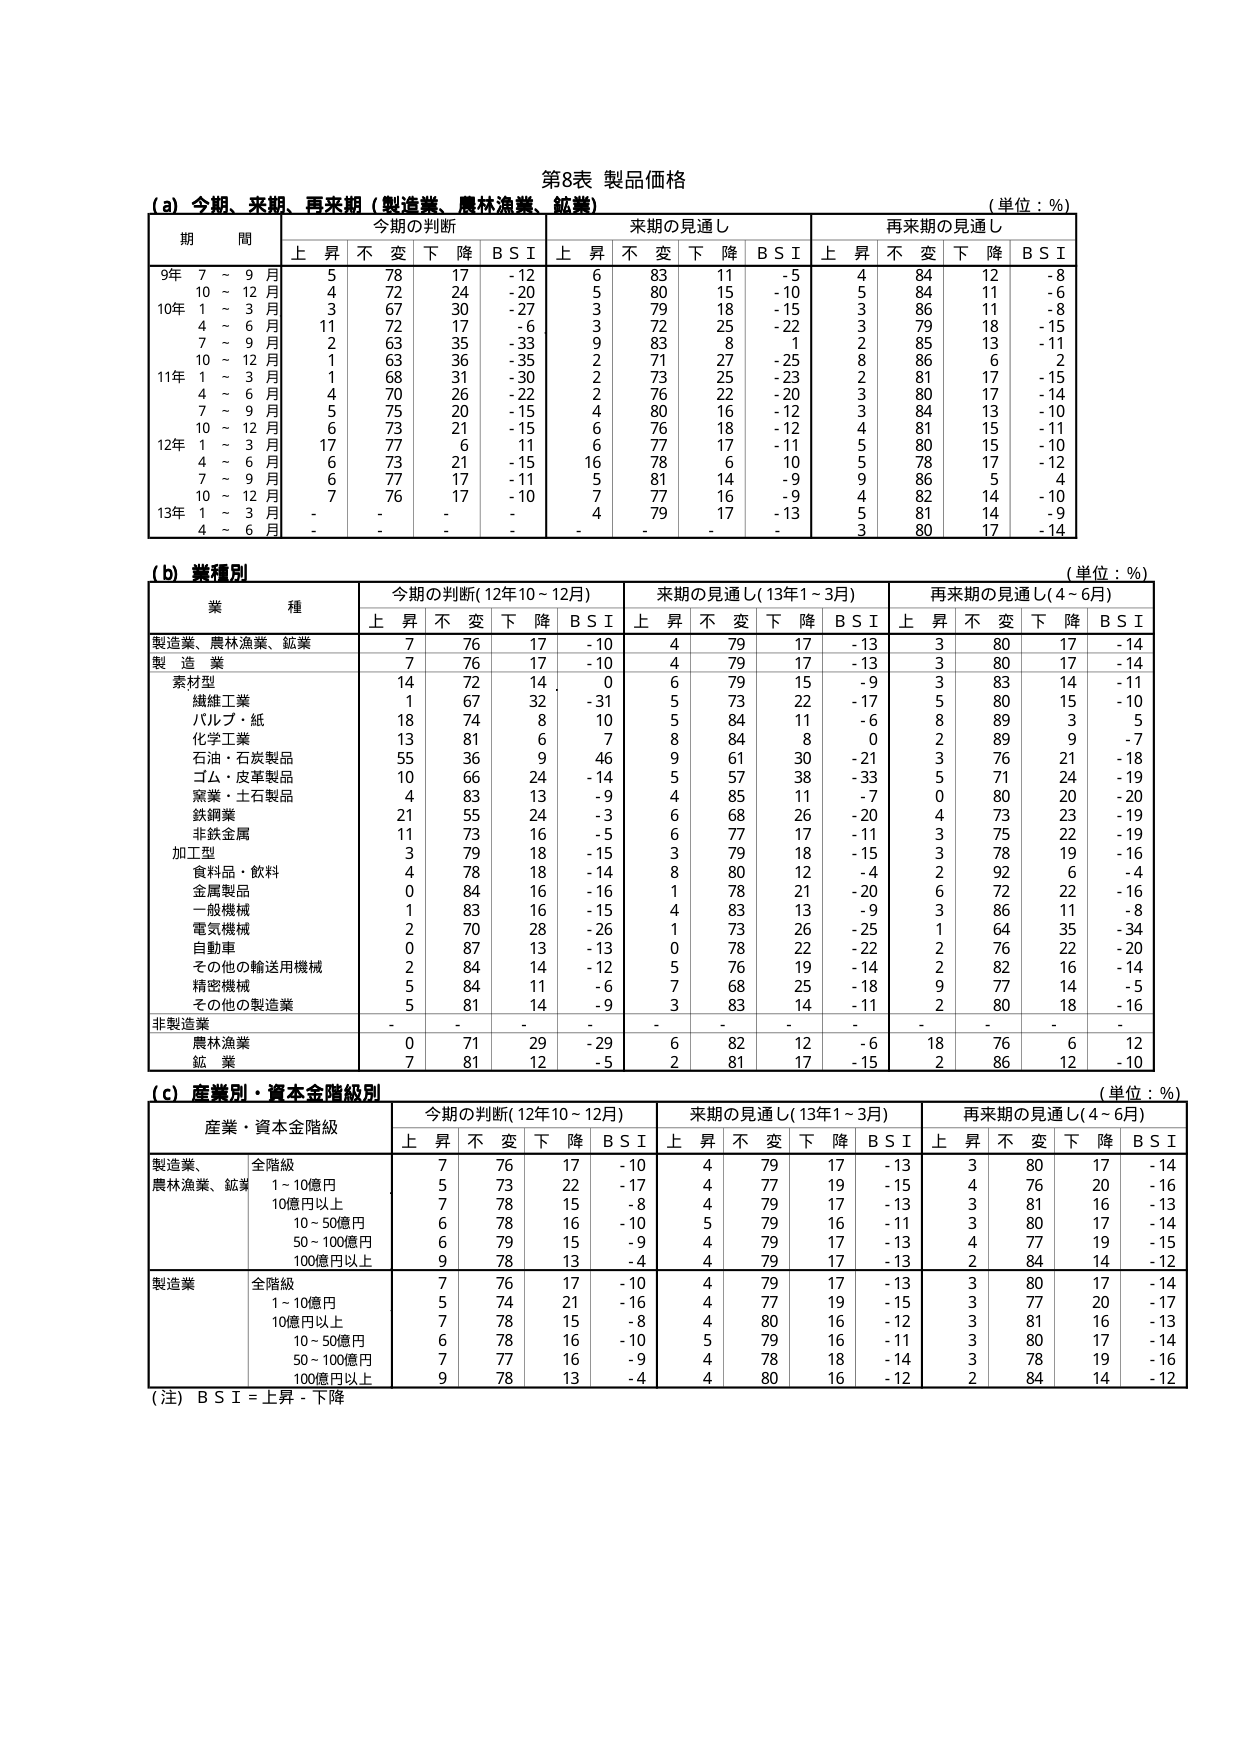
第8表 製品価格

(a) 今期、来期、再来期（製造業、農林漁業、鉱業）
（単位：%）

期 間 今期の判断 来期の見通し 再来期の見通し
上 昇 不 変 下 降 B S I 上 昇 不 変 下 降 B S I 上 昇 不 変 下 降 B S I

9年 7 ~ 9 月 5 78 17 -12 6 83 11 -5 4 84 12 -8
10 ~ 12 月 4 72 24 -20 5 80 15 -10 5 84 11 -6
10年 1 ~ 3 月 3 67 30 -27 3 79 18 -15 3 86 11 -8
4 ~ 6 月 11 72 17 -6 3 72 25 -22 3 79 18 -15
7 ~ 9 月 2 63 35 -33 9 83 8 1 2 85 13 -11
10 ~ 12 月 1 63 36 -35 2 71 27 -25 8 86 6 2
11年 1 ~ 3 月 1 68 31 -30 2 73 25 -23 2 81 17 -15
4 ~ 6 月 4 70 26 -22 2 76 22 -20 3 80 17 -14
7 ~ 9 月 5 75 20 -15 4 80 16 -12 3 84 13 -10
10 ~ 12 月 6 73 21 -15 6 76 18 -12 4 81 15 -11
12年 1 ~ 3 月 17 77 6 11 6 77 17 -11 5 80 15 -10
4 ~ 6 月 6 73 21 -15 16 78 6 -10 5 78 17 -12
7 ~ 9 月 6 77 17 -11 5 81 14 -9 9 86 5 4
10 ~ 12 月 7 76 17 -10 7 77 16 -9 4 82 14 -10
13年 1 ~ 3 月 - - - - 4 79 17 -13 5 81 14 -14
4 ~ 6 月 - - - - - - - - 3 80 17 -14

(b) 業種別
（単位：%）

業 種 今期の判断(12年10～12月) 来期の見通し(13年1～3月) 再来期の見通し(4～6月)
上 昇 不 変 下 降 B S I 上 昇 不 変 下 降 B S I 上 昇 不 変 下 降 B S I

製造業、農林漁業、鉱業 7 76 17 -10 4 79 17 -13 3 80 17 -14
製 造 業 7 76 17 -10 4 79 17 -13 3 80 17 -14
素材型 14 72 14 0 6 79 15 -9 3 83 14 -11
繊維工業 1 67 32 -31 5 73 22 -17 5 80 15 -10
パルプ・紙 18 74 8 10 5 84 11 -6 8 89 3 5
化学工業 13 81 6 7 8 84 8 0 2 89 9 -7
石油・石炭製品 55 36 9 46 9 61 30 -21 3 76 21 -18
ゴム・皮革製品 10 66 24 -14 5 57 38 -33 5 71 24 -19
窯業・土石製品 4 83 13 -9 4 85 11 -7 0 80 20 -20
鉄鋼業 21 55 24 -3 6 68 26 -20 4 73 23 -19
非鉄金属 11 73 16 -5 6 77 17 -11 3 75 22 -19
加工型 3 79 18 -15 3 79 18 -15 3 78 19 -16
食料品・飲料 4 78 18 -14 8 80 12 -4 2 92 6 -4
金属製品 0 84 16 -16 1 78 21 -20 6 72 22 -16
一般機械 1 83 16 -15 4 83 13 -9 3 86 11 -8
電気機械 2 70 28 -26 1 73 26 -25 1 64 35 -34
自動車 0 87 13 -13 0 78 22 -22 2 76 22 -20
その他の輸送用機械 2 84 14 -12 5 76 19 -14 2 82 16 -14
精密機械 5 84 11 -6 7 68 25 -18 9 77 14 -5
その他の製造業 5 81 14 -9 3 83 14 -11 2 80 18 -16
非製造業 - - - - - - - - - - - -
農林漁業 0 71 29 -29 6 82 12 -6 18 76 6 12
鉱 業 7 81 12 -5 2 81 17 -15 2 86 12 -10

(c) 産業別・資本金階級別
（単位：%）

産業・資本金階級 今期の判断(12年10～12月) 来期の見通し(13年1～3月) 再来期の見通し(4～6月)
上 昇 不 変 下 降 B S I 上 昇 不 変 下 降 B S I 上 昇 不 変 下 降 B S I

製造業、
農林漁業、鉱業 全階級 7 76 17 -10 4 79 17 -13 3 80 17 -14
1～10億円 5 73 22 -17 4 77 19 -15 4 76 20 -16
10億円以上 7 78 15 -8 4 79 17 -13 3 81 16 -13
10～50億円 6 78 16 -10 5 79 16 -11 3 80 17 -14
50～100億円 6 79 15 -9 4 79 17 -13 4 77 19 -15
100億円以上 9 78 13 -4 4 79 17 -13 2 84 14 -12

製造業 全階級 7 76 17 -10 4 79 17 -13 3 80 17 -14
1～10億円 5 74 21 -16 4 77 19 -15 3 77 20 -17
10億円以上 7 78 15 -8 4 80 16 -12 3 81 16 -13
10～50億円 6 78 16 -10 5 79 16 -11 3 80 17 -14
50～100億円 7 77 16 -9 4 78 18 -14 3 78 19 -16
100億円以上 9 78 13 -4 4 80 16 -12 2 84 14 -12

（注）B S I = 上昇 - 下降